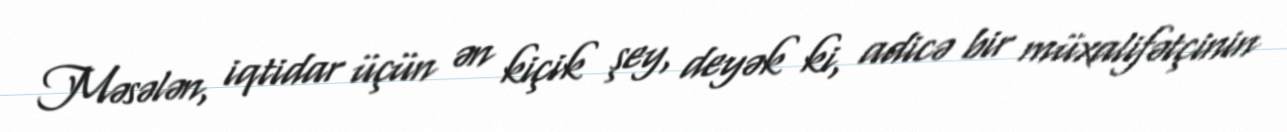
Məsələn, iqtidar üçün ən kiçik şey, deyək ki, adicə bir müxalifətçinin